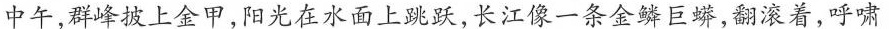
中午,群峰披上金甲,阳光在水面上跳跃,长江像一条金鳞巨蟒,翻滚着,呼啸